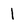
Character: 1